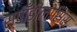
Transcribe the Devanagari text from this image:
स्पॉँडीलोसिस